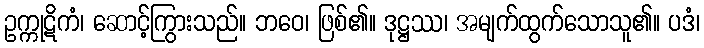
ဥက္ကုဋိကံ၊ ဆောင့်ကြွားသည်။ ဘဝေ၊ ဖြစ်၏။ ဒုဋ္ဌဿ၊ အမျက်ထွက်သောသူ၏။ ပဒံ၊